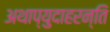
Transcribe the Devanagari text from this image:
अथाप्युदाहरन्ति